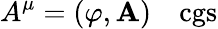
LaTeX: A^{\mu}=(\varphi,\mathbf{A})\quad{\mathrm{cgs}}